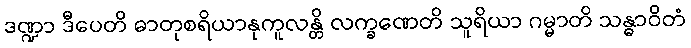
ဒဏ္ဍာ ဒီပေတိ ဓာတုစရိယာနုကူလန္တိ လက္ခဏေတိ သူရိယာ ဂမ္မာတိ သန္ဓာဝိတံ